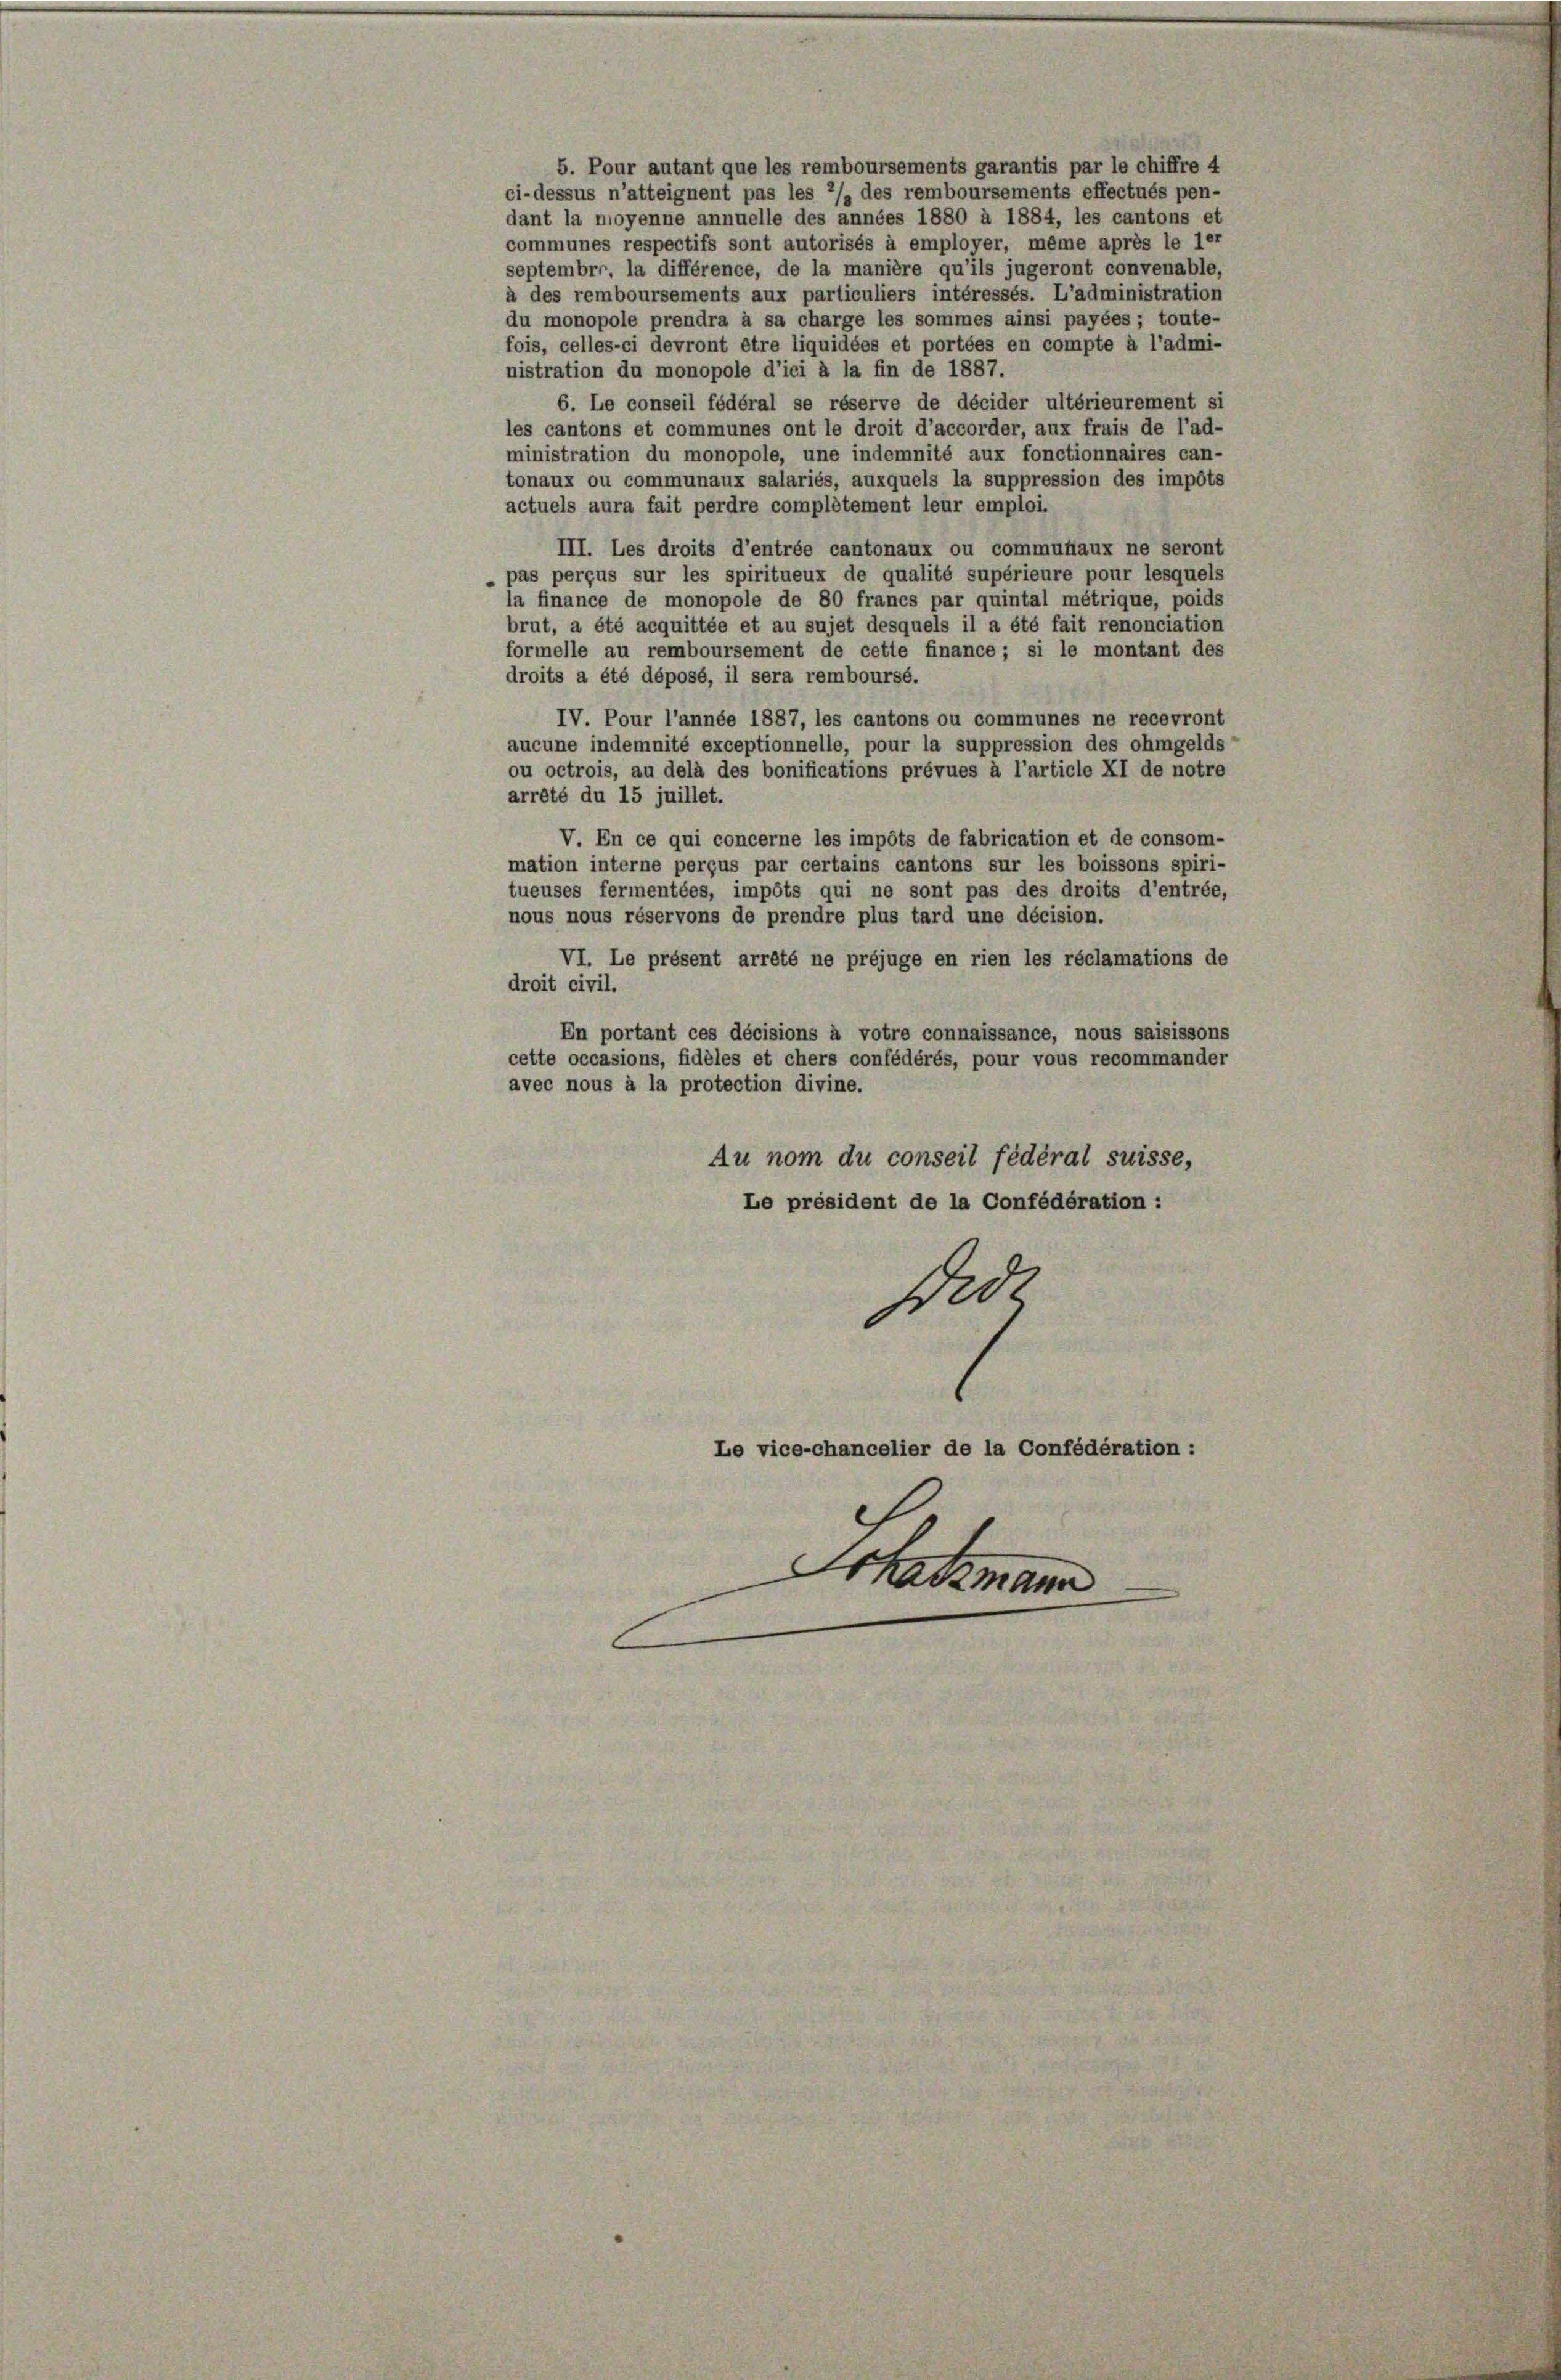
5. Pour autant que les remboursements garantis par le chiffre 4
ci-dessus n’atteignent pas les 2/s des remboursements effectués pen-
dant la moyenne annuelle des années 1880 à 1884, les cantons et
communes respectifs sont autorisés à employer, même après le ler
septembri, la différence, de la manière qu’ils jugeront convenable,
à des remboursements aux particuliers intéressés. L’administration
du monopole prendra à sa charge les sommes ainsi payées; toute-
fois, celles-ci devront être liquidées et portées en compte à l’admi-
nistration du monopole d’ici à la fin de 1887.
6. Le conseil fédéral se réserve de décider ultérieurement si
les cantons et communes ont le droit d’accorder, aux frais de l’ad-
ministration du monopole, une indemnité aux fonctionnaires can-
tonaux ou communaux salariés, auxquels la suppression des impôts
actuels aura fait perdre complétement leur emploi.
III. Les droits d’entrée cantonaux ou communaux ne seront
pas perçus sur les spiritueux de qualité supérieure pour lesquels
la finance de monopole de 80 francs par quintal métrique, poids
brut, a été acquittée et au sujet desquels il a été fait renonciation
formelle au remboursement de cette finance; si le montant des
droits a été déposé, il sera remboursé.
IV. Pour l’année 1887, les cantons ou communes ne recevront
aucune indemnité exceptionnelle, pour la suppression des ohmgelds
ou octrois, au delà des bonifications prévues à l’article XI de notre
arrêté du 15 juillet.
V. En ce qui concerne les impôts de fabrication et de consom-
mation interne perçus par certains cantons sur les boissons spiri-
tueuses fermentées, impôts qui ne sont pas des droits d’entrée,
nous nous réservons de prendre plus tard une décision.
VI. Le présent arrété ne préjuge en rien les réclamations de
droit civil.
En portant ces décisions à votre connaissance, nous saisissons
cette occasions, fidèles et chers confédérés, pour vous recommander
avec nous à la protection divine.
Au nom du conseil fédéral suisse,
Le président de la Confédération :
Sed
Le vice-chancelier de la Confédération :
Schatzmann